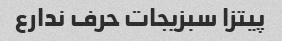
پیتزا سبزیجات حرف ندارع